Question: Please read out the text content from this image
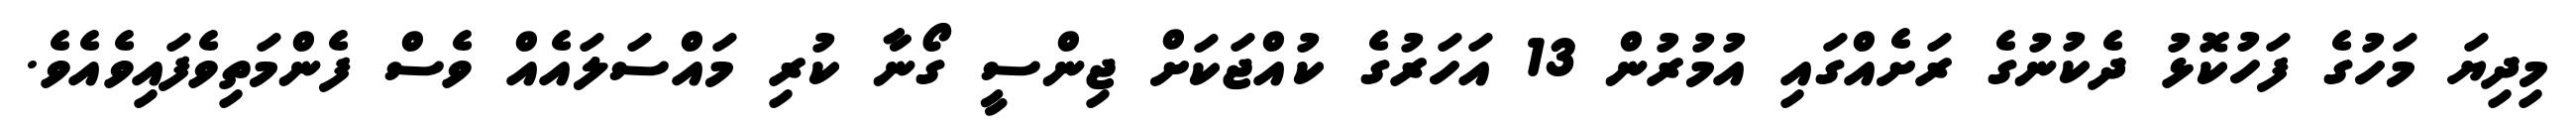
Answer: މިދިޔަ މަހުގެ ފަހުކޮޅު ދެކުނުގެ ރަށެއްގައި އުމުރުން 13 އަހަރުގެ ކުއްޖަކަށް ޖިންސީ ގޯނާ ކުރި މައްސަލައެއް ވެސް ފެންމަތިވެފައިވެއެވެ.